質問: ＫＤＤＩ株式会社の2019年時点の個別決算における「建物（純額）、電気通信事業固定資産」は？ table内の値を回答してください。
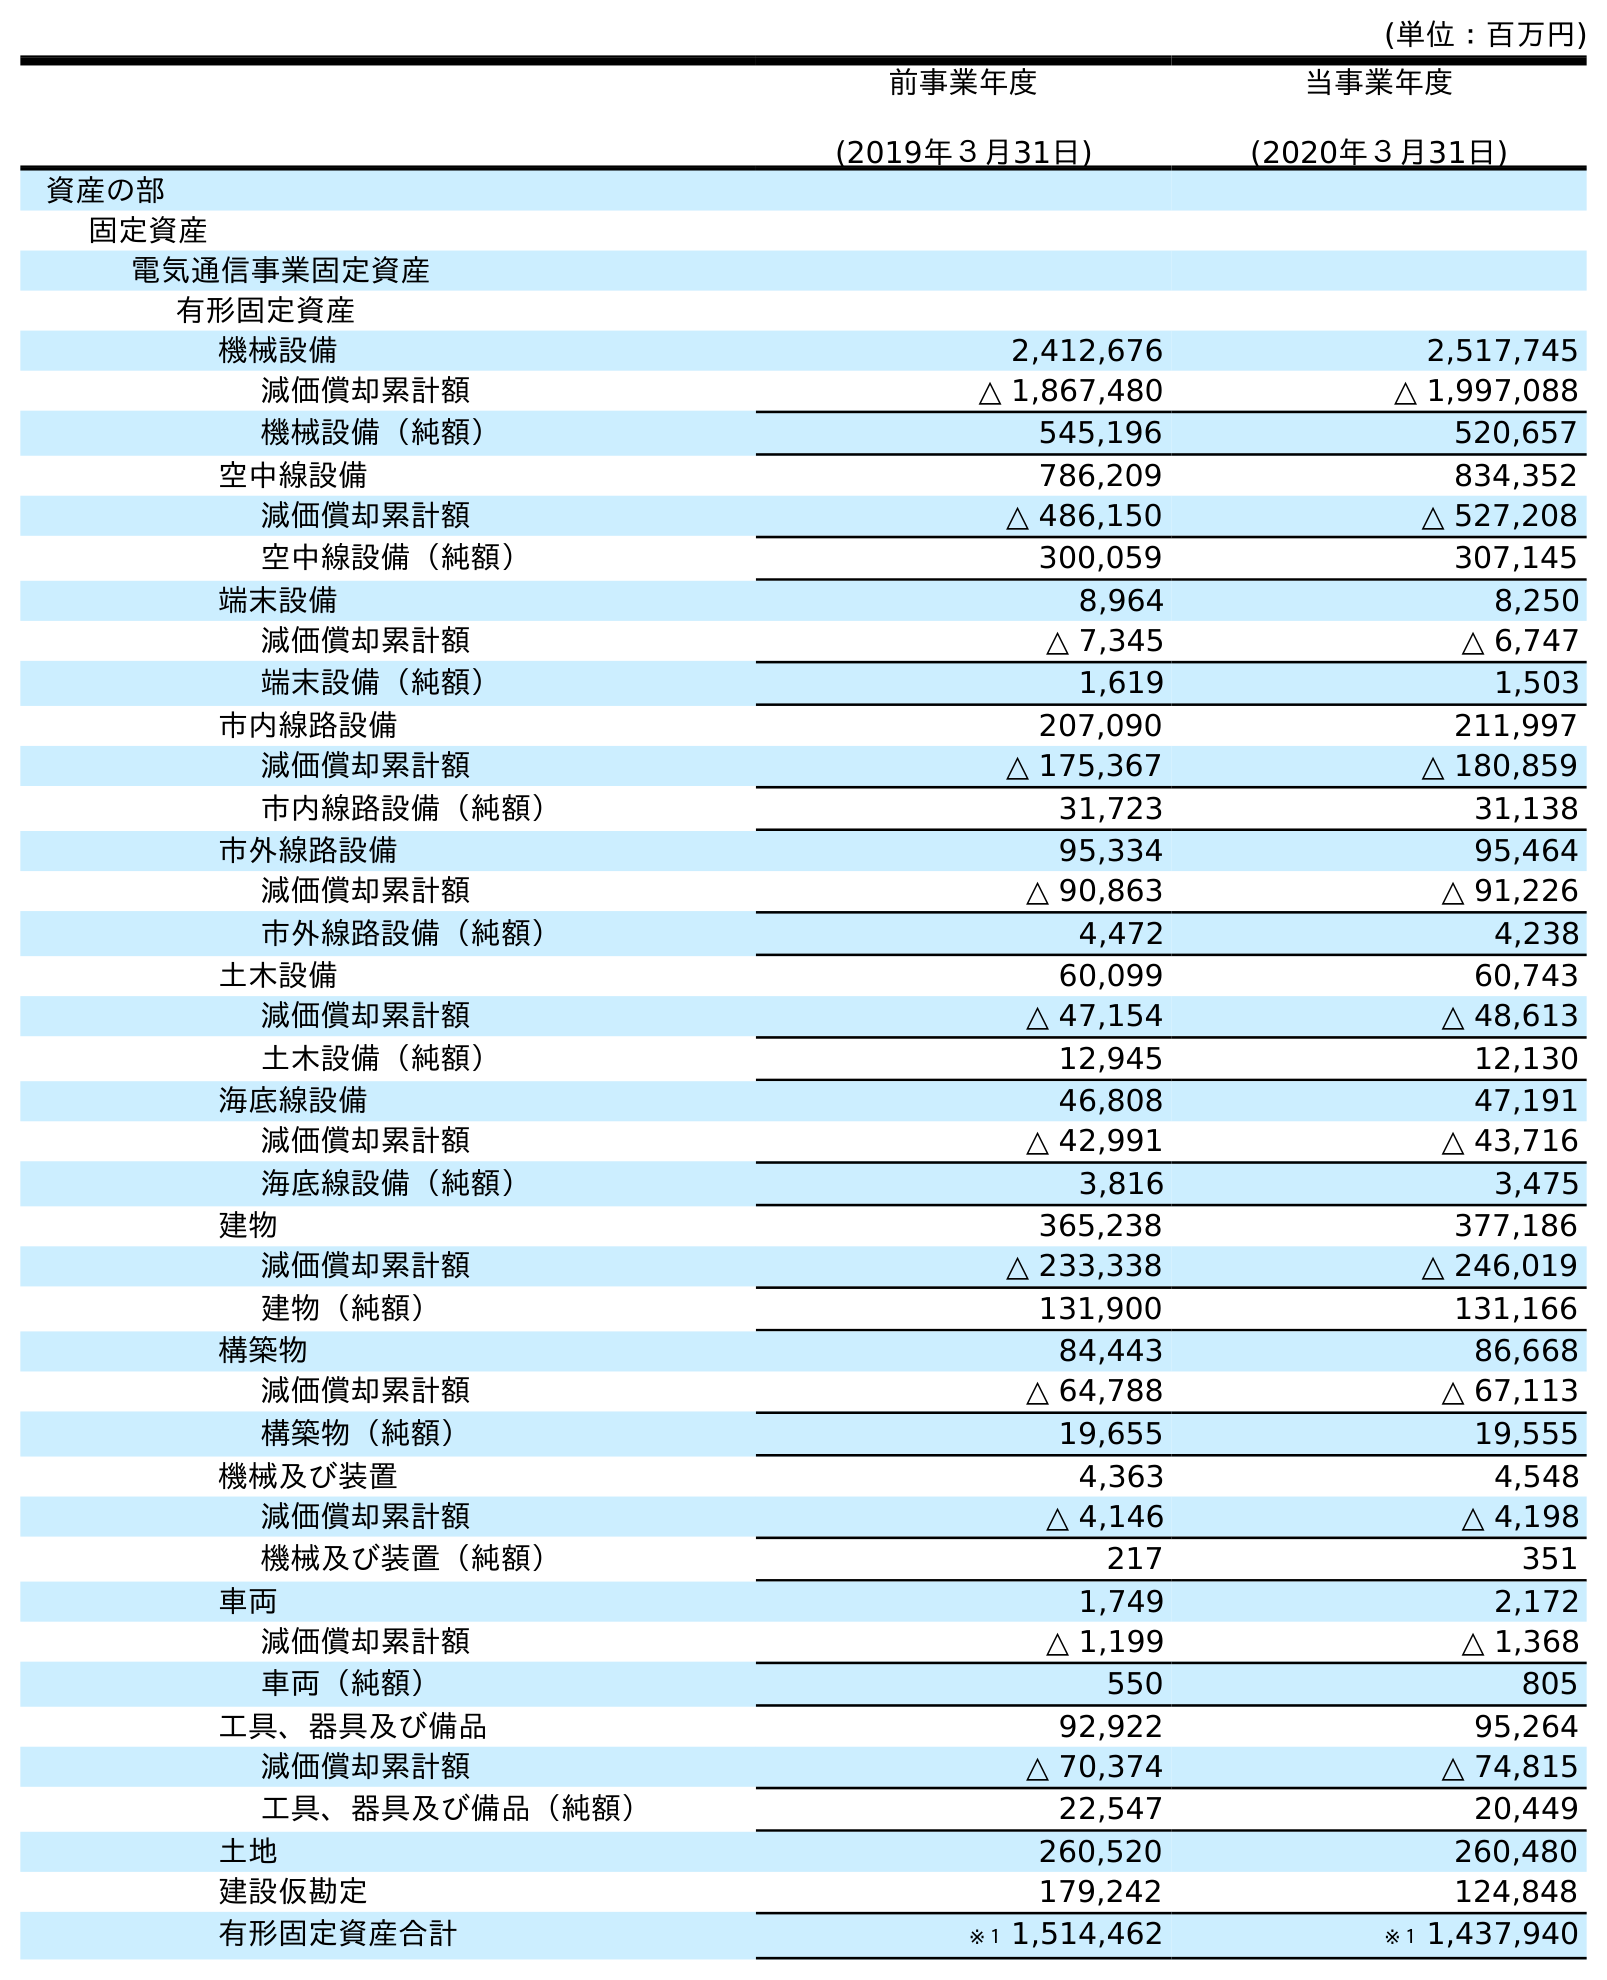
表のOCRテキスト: (単位：百万円) 前事業年度 (2019年３月31日) 当事業年度 (2020年３月31日) 資産の部 固定資産 電気通信事業固定資産 有形固定資産 機械設備 2,412,676 2,517,745 減価償却累計額 △ 1,867,480 △ 1,997,088 機械設備（純額） 545,196 520,657 空中線設備 786,209 834,352 減価償却累計額 △ 486,150 △ 527,208 空中線設備（純額） 300,059 307,145 端末設備 8,964 8,250 減価償却累計額 △ 7,345 △ 6,747 端末設備（純額） 1,619 1,503 市内線路設備 207,090 211,997 減価償却累計額 △ 175,367 △ 180,859 市内線路設備（純額） 31,723 31,138 市外線路設備 95,334 95,464 減価償却累計額 △ 90,863 △ 91,226 市外線路設備（純額） 4,472 4,238 土木設備 60,099 60,743 減価償却累計額 △ 47,154 △ 48,613 土木設備（純額） 12,945 12,130 海底線設備 46,808 47,191 減価償却累計額 △ 42,991 △ 43,716 海底線設備（純額） 3,816 3,475 建物 365,238 377,186 減価償却累計額 △ 233,338 △ 246,019 建物（純額） 131,900 131,166 構築物 84,443 86,668 減価償却累計額 △ 64,788 △ 67,113 構築物（純額） 19,655 19,555 機械及び装置 4,363 4,548 減価償却累計額 △ 4,146 △ 4,198 機械及び装置（純額） 217 351 車両 1,749 2,172 減価償却累計額 △ 1,199 △ 1,368 車両（純額） 550 805 工具、器具及び備品 92,922 95,264 減価償却累計額 △ 70,374 △ 74,815 工具、器具及び備品（純額） 22,547 20,449 土地 260,520 260,480 建設仮勘定 179,242 124,848 有形固定資産合計 ※１ 1,514,462 ※１ 1,437,940
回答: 131,900